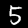
Digit: 5